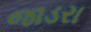
જાડરા